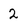
Character: 2